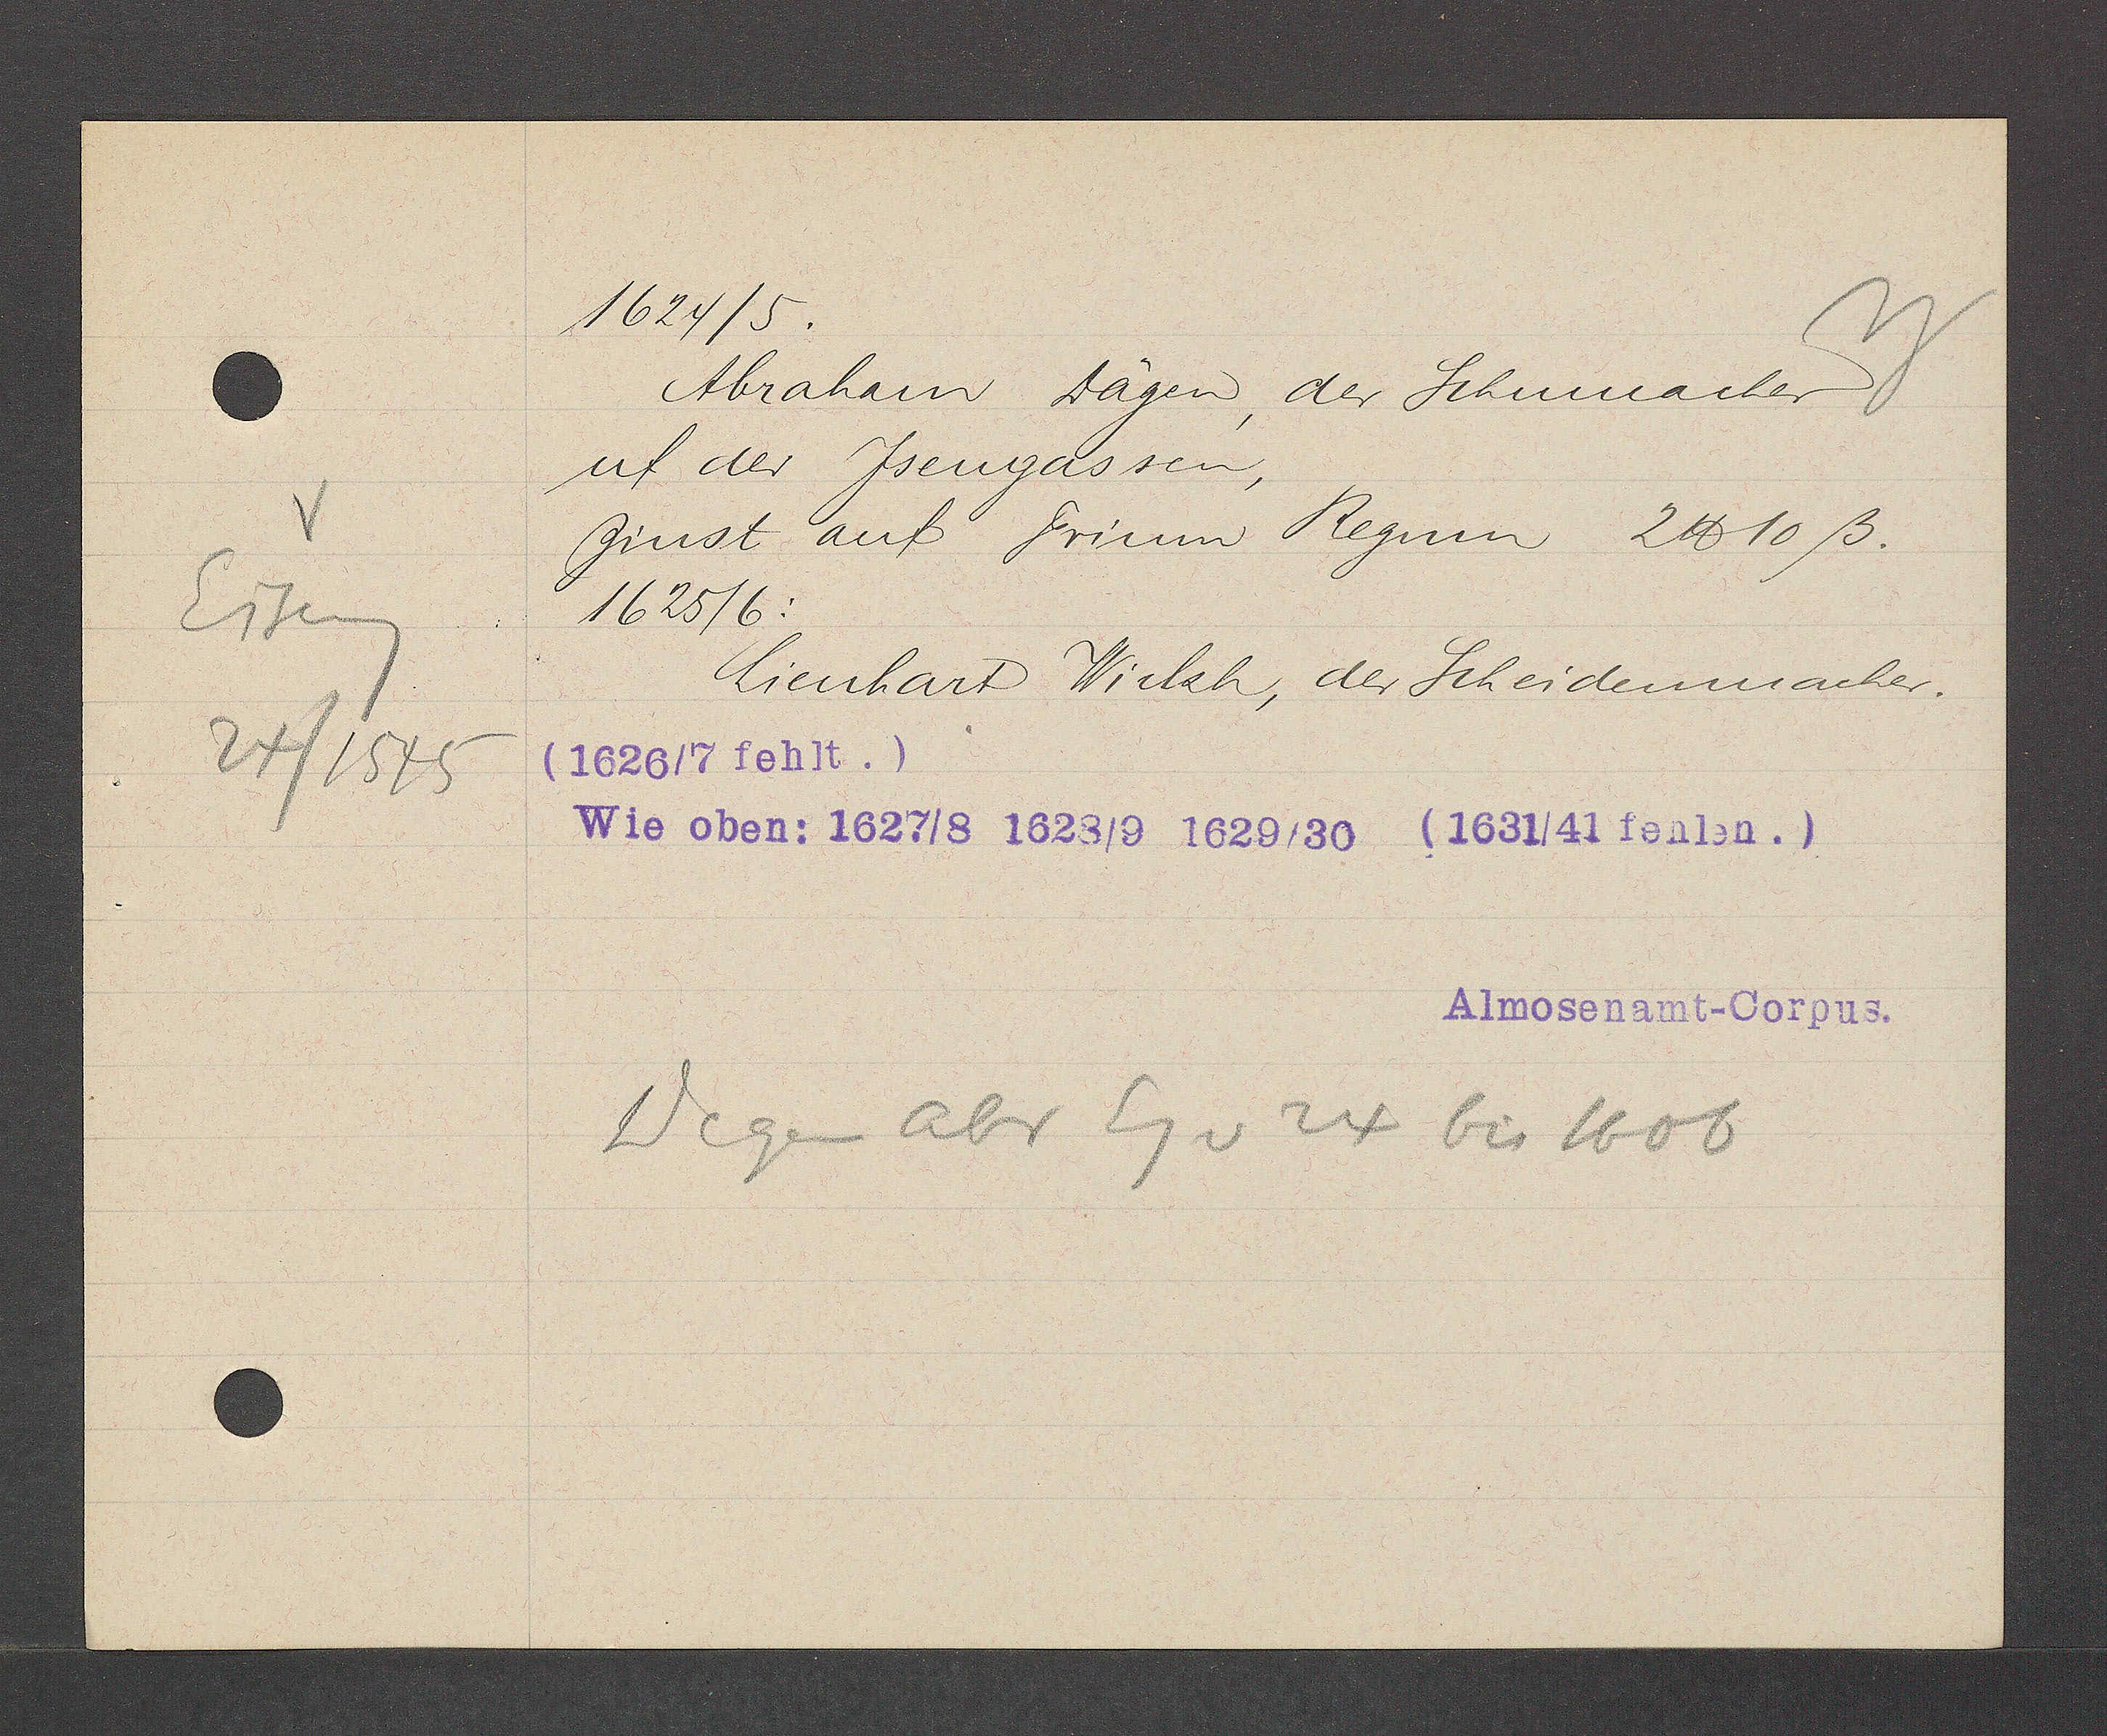
Transcript:
Eiseng

24/1545

1624/5.

1625 / 6:

Abraham Dägen, der Schumacher

uf der Jsengassen,

zinst auf Trium Regum 2 ℔ 10 ß.

Lienhart Wickh, der Scheidenmacher.